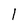
Character: l